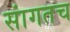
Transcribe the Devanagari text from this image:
सांगतच